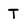
Character: T